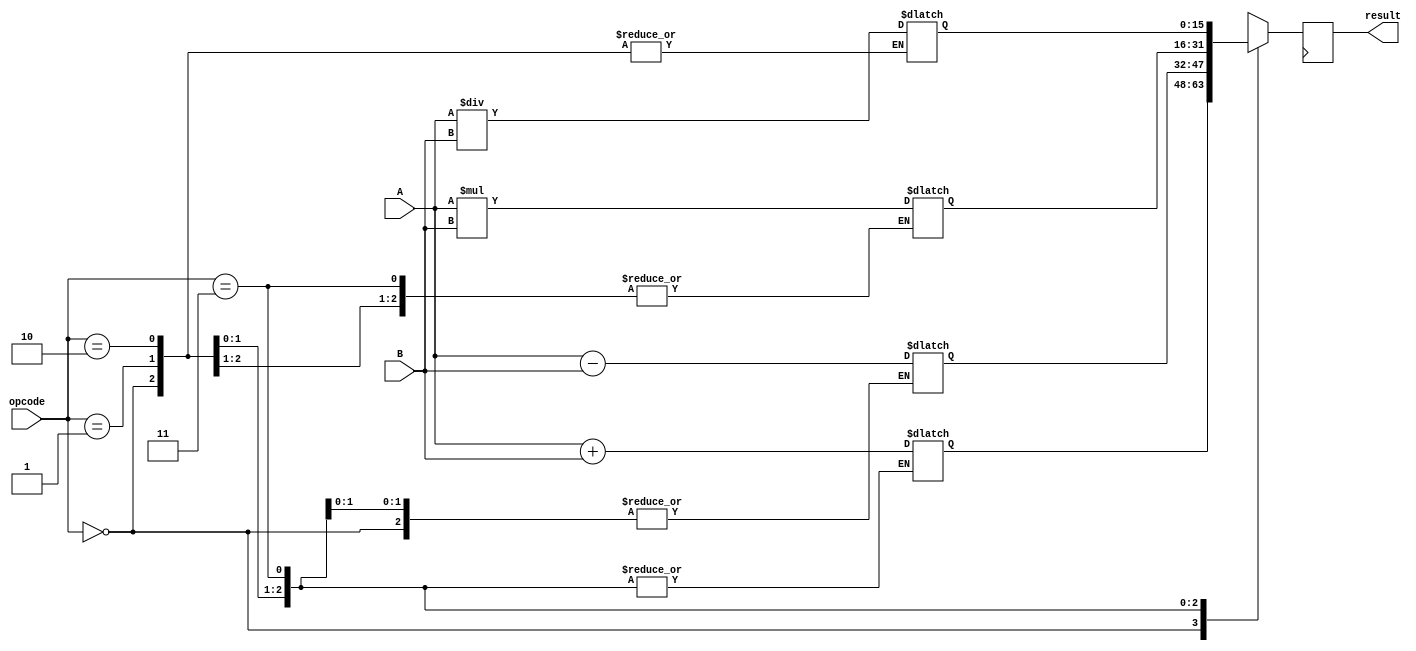
module half_precision_fpu(
    input wire [15:0] A,
    input wire [15:0] B,
    input wire [1:0] opcode,
    output reg [15:0] result
);

reg [15:0] sum;
reg [15:0] diff;
reg [31:0] product;
reg [15:0] quotient;

always @(*) begin
    case(opcode)
        2'b00: begin // Addition
            sum = A + B;
            if(sum[15] != A[15] && sum[15] != B[15]) begin
                // Handle overflow
            end
        end
        2'b01: begin // Subtraction
            diff = A - B;
            if(diff[15] != A[15] && diff[15] != ~B[15]) begin
                // Handle overflow
            end
        end
        2'b10: begin // Multiplication
            product = A * B;
            if(product[31] != 0) begin
                // Handle overflow
            end
        end
        2'b11: begin // Division
            quotient = A / B;
            if(quotient[15] != A[15] && quotient[15] != B[15]) begin
                // Handle overflow
            end
        end
    endcase
end

always @(posedge clk) begin
    case(opcode)
        2'b00: result <= sum;
        2'b01: result <= diff;
        2'b10: result <= product[15:0];
        2'b11: result <= quotient;
    endcase
end

endmodule